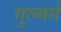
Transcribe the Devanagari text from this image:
गुल्मर्ग